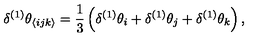
\delta ^ { ( 1 ) } \theta _ { \langle i j k \rangle } = \frac { 1 } { 3 } \left( \delta ^ { ( 1 ) } \theta _ { i } + \delta ^ { ( 1 ) } \theta _ { j } + \delta ^ { ( 1 ) } \theta _ { k } \right) ,